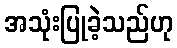
အသုံးပြုခဲ့သည်ဟု